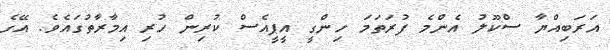
އަރަބިއްޔާ ސްކޫލު އެންމެ ފުރަތަމަ ހިންގީ އީޕީއެސް ކުރިން ހުރި އިމާރާތުގައެވެ. އޭގެ